Indian journal of veterinary science and animal husbandry - Volume 13,
Year: 1943
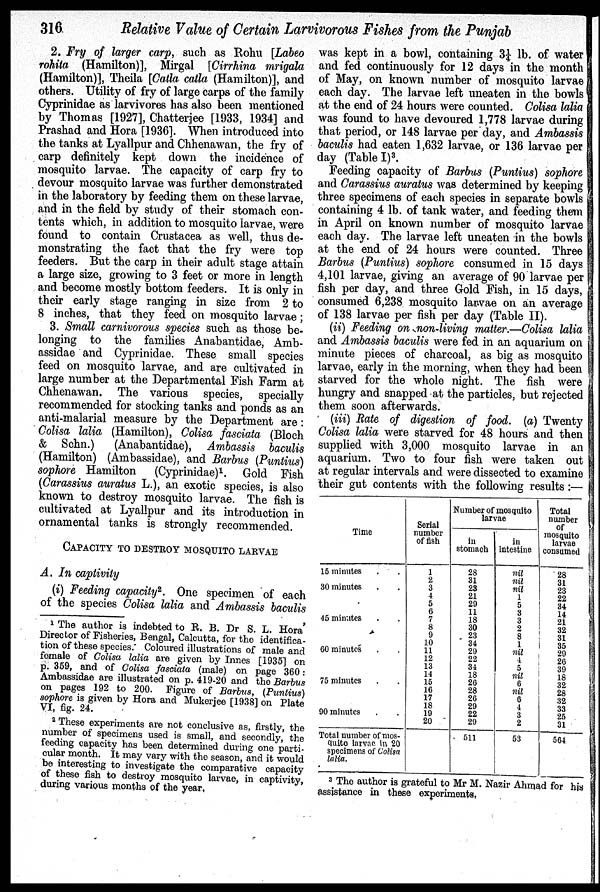
316
Relative Value of Certain Larvivorous Fishes from the Punjab
2. Fry of larger carp, such as Rohu [Labeo
rohita (Hamilton)], Mirgal [Cirrhina mrigala
(Hamilton)], Theila [Catla catla (Hamilton)], and
others. Utility of fry of large carps of the family
Cyprinidae as larvivores has also been mentioned
by Thomas [1927], Chatterjee [1933, 1934] and
Prashad and Hora [1936]. When introduced into
the tanks at Lyallpur and Chhenawan, the fry of
carp definitely kept down the incidence of
mosquito larvae. The capacity of carp fry to
devour mosquito larvae was further demonstrated
in the laboratory by feeding them on these larvae,
and in the field by study of their stomach con-
tents which, in addition to mosquito larvae, were
found to contain Crustacea as well, thus de-
monstrating the fact that the fry were top
feeders. But the carp in their adult stage attain
a large size, growing to 3 feet or more in length
and become mostly bottom feeders. It is only in
their early stage ranging in size from 2 to
8 inches, that they feed on mosquito larvae;
3. Small carnivorous species such as those be-
longing to the families Anabantidae, Amb-
assidae and Cyprinidae. These small species
feed on mosquito larvae, and are cultivated in
large number at the Departmental Fish Farm at
Chhenawan. The various species, specially
recommended for stocking tanks and ponds as an
anti-malarial measure by the Department are:
Colisa lalia (Hamilton), Colisa fasciata (Bloch
& Schn.)
(Anabantidae), Ambassis baculis
(Hamilton) (Ambassidae), and Barbus (Puntius)
sophore Hamilton (Cyprinidae) 1 . Gold Fish
(Carassius auratus L.), an exotic species, is also
known to destroy mosquito larvae. The fish is
cultivated at Lyallpur and its introduction in
ornamental tanks is strongly recommended.
CAPACITY TO DESTROY MOSQUITO LARVAE
A. In captivity
(i) Feeding capacity 2 . One specimen of each
of the species Colisa lalia and Ambassis baculis
was kept in a bowl, containing 3¼ lb. of water
and fed continuously for 12 days in the month
of May, on known number of mosquito larvae
each day. The larvae left uneaten in the bowls
at the end of 24 hours were counted. Colisa lalia
was found to have devoured 1,778 larvae during
that period, or 148 larvae per day, and Ambassis
baculis had eaten 1,632 larvae, or 136 larvae per
day (Table I) 3 .
Feeding capacity of Barbus (Puntius) sophore
and Carassius auratus was determined by keeping
three specimens of each species in separate bowls
containing 4 lb. of tank water, and feeding them
in April on known number of mosquito larvae
each day. The larvae left uneaten in the bowls
at the end of 24 hours were counted. Three
Barbus (Puntius) sophore consumed in 15 days
4,101 larvae, giving an average of 90 larvae per
fish per day, and three Gold Fish, in 15 days,
consumed 6,238 mosquito larvae on an average
of 138 larvae per fish per day (Table II).
(ii) Feeding on non-living matter.—Colisa lalia
and Ambassis baculis were fed in an aquarium on
minute pieces of charcoal, as big as mosquito
larvae, early in the morning, when they had been
starved for the whole night. The fish were
hungry and snapped at the particles, but rejected
them soon afterwards.
(iii) Rate of digestion of food. (a) Twenty
Colisa lalia were starved for 48 hours and then
supplied with 3,000 mosquito larvae in an
aquarium. Two to four fish were taken out
at regular intervals and were dissected to examine
their gut contents with the following results :—
Time
15 minutes . .
30 minutes . .
45 minutes . .
60 minutes . .
75 minutes . .
90 minutes . .
Total number of mos-
quito larvae in 20
specimens of Colisa
lalia.
Serial
number
of fish
1
2
3
4
5
6
7
8
9
10
11
12
13
14
15
16
17
18
19
20
Number of mosquito
larvæ
in
stomach
28
31
28
21
29
11
18
30
23
34
29
22
34
18
26
28
26
29
22
29
511
in
intestine
nil
nil
nil
1
5
3
3
2
8
1
nil
4
5
nil
6
nil
6
4
3
2
53
Total
number
of
mosquito
larvae
consumed
28
31
23
22
34
14
21
32
31
35
29
26
39
18
32
28
32
33
25
31
564
1 The author is indebted to R. B. Dr S. L. Hora'
Director of Fisheries, Bengal, Calcutta, for the identifica-
tion of these species. Coloured illustrations of male and
female of Colisa lalia are given by Innes [1935] on
p. 359, and of Colisa fasciata (male) on page 360:
Ambassidae are illustrated on p. 419-20 and the Barbus
on pages 192 to 200. Figure of Barbus, (Puntius)
sophore is given by Hora and Mukerjee [1938] on Plate
VI, fig. 24.
2 These experiments are not conclusive as, firstly, the
number of specimens used is small, and secondly, the
feeding capacity has been determined during one parti-
cular month. It may vary with the season, and it would
be interesting to investigate the comparative capacity
of these fish to destroy mosquito larvae, in captivity,
during various months of the year.
3 The author is grateful to Mr M. Nazir Ahmad for his
assistance in these experiments.